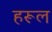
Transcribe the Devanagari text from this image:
हरूल